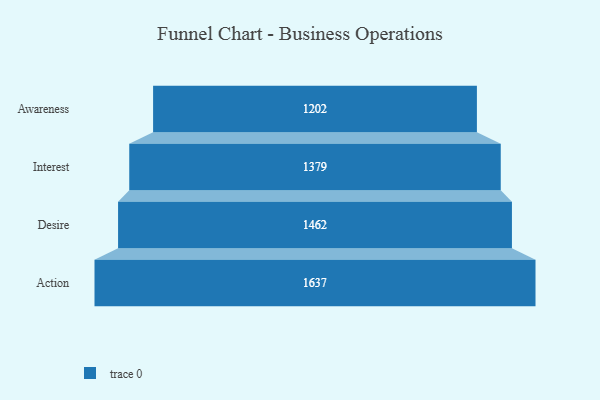
{"axis": {"x": "Stage", "y": "Value"}, "legend": [""], "data": [{"x": "Awareness", "y": 1202.0, "type": ""}, {"x": "Interest", "y": 1379.0, "type": ""}, {"x": "Desire", "y": 1462.0, "type": ""}, {"x": "Action", "y": 1637.0, "type": ""}]}